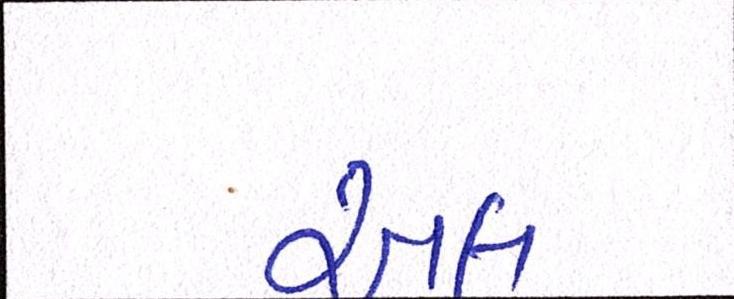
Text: અલ